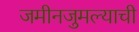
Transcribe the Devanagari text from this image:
जमीनजुमल्याची